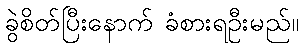
ခွဲစိတ်ပြီးနောက် ခံစားရဦးမည်။